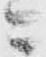
ニ